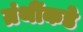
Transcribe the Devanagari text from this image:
ग्रंथींकडे